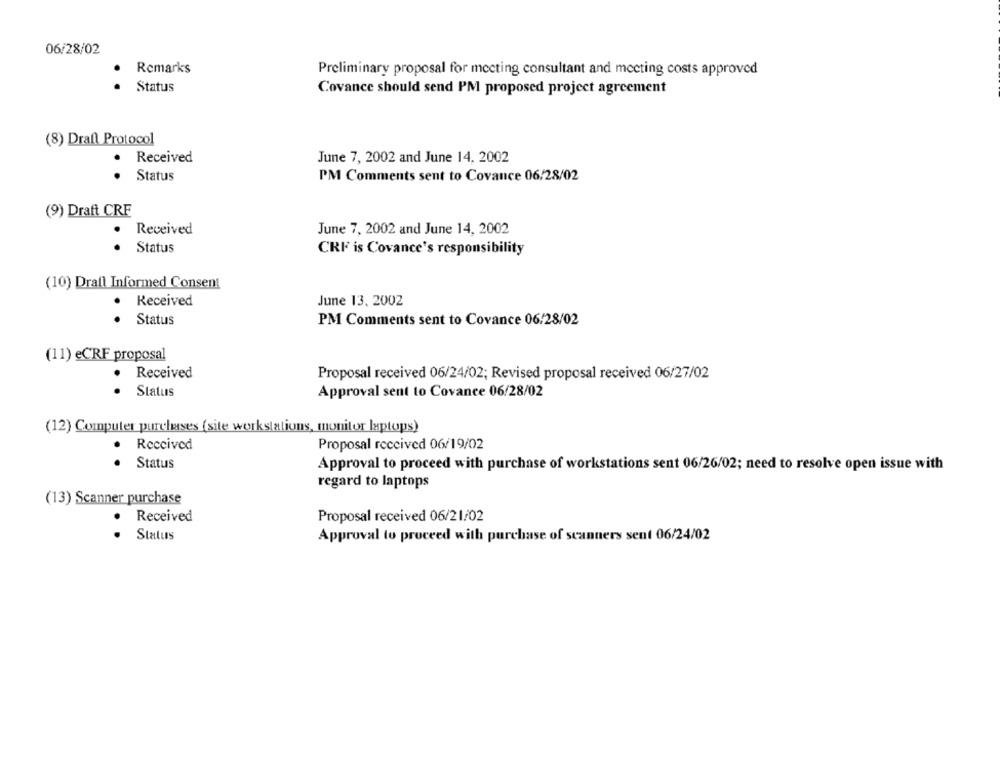
06/28/02
Remarks
Preliminary proposal for mecting consultant and meeting costs approved
Status
Covance should send PM proposed project agreement
(8) Draft Protocol
Received
June 7, 2002 and June 14, 2002
Status
PM Comments sent to Covance 06/28/02
(9) Draft CRF
.
Received
June 7, 2002 and June 14, 2002
Status
CRF is Covance's responsibility
(10) Drafl Informed Consent
Received
June 13, 2002
Status
PM Comments sent to Covance 06/28/02
(11) eCRF proposal
· Received
Proposal received 06/24/02; Revised proposal received 06/27/02
Status
Approval sent to Covance 06/28/02
(12) Computer purchases (site work stations, monitor laptops)
Received
Proposal received 06/19/02
Status
Approval to proceed with purchase of workstations sent 06/26/02; need to resolve open issue with
regard to laptops
(13) Scanner purchase
Proposal received 06/21/02
Received
Status
Approval to proceed with purchase of scanners sent 06/24/02